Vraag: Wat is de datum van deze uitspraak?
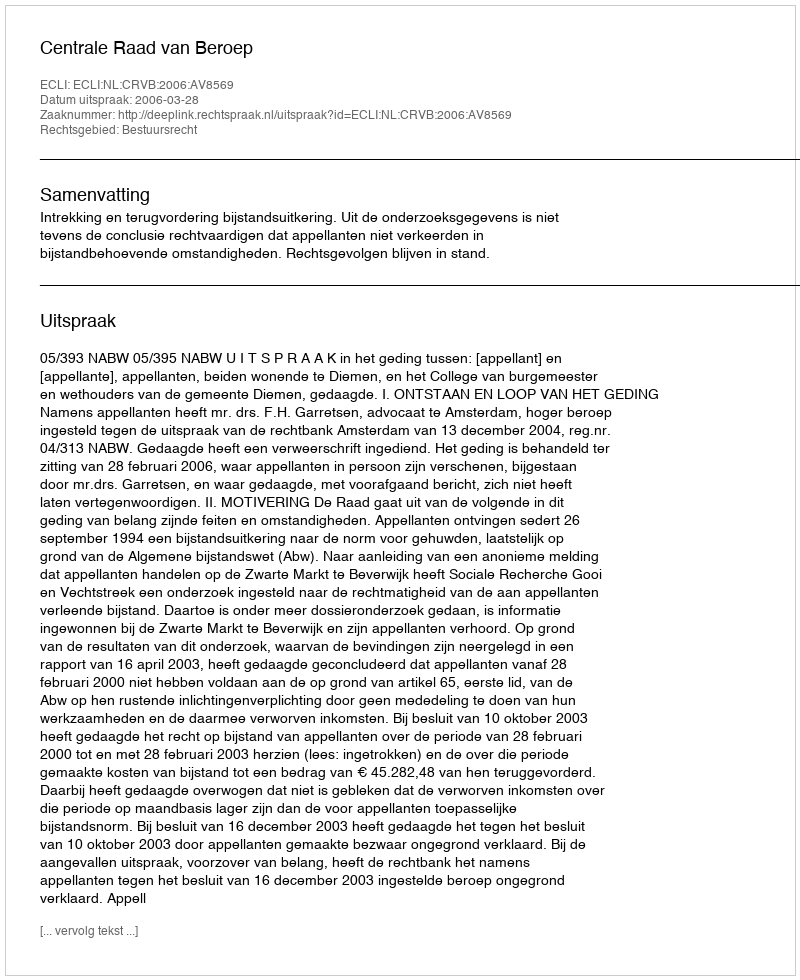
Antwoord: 2006-03-28